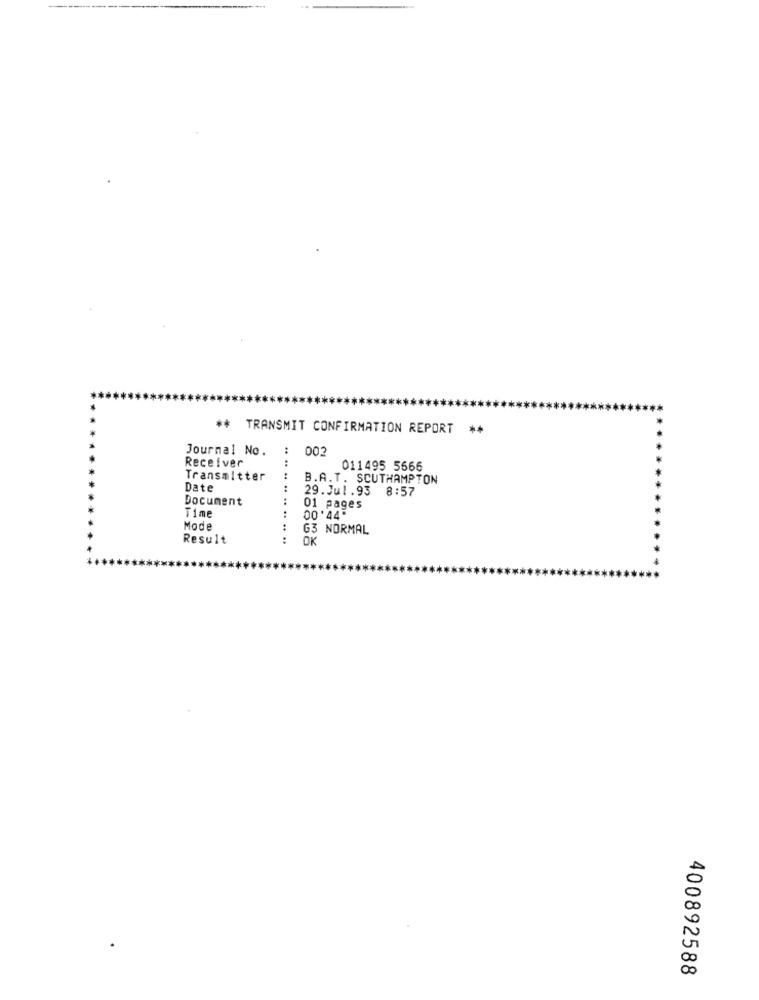
** TRANSMIT CONFIRMATION REPORT
Journal No.
002
Receiver
011495 5566
Transmitter
B.A.T. SCUTHAMPTON
Date
29.Jul.93 8:57
Document
01 pages
Time
00 '44"
Mode
G3 NORMAL
Result
OK
400892588